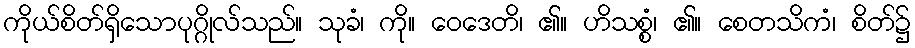
ကိုယ်စိတ်ရှိသောပုဂ္ဂိုလ်သည်။ သုခံ၊ ကို။ ဝေဒေတိ၊ ၏။ ဟိသစ္စံ၊ ၏။ စေတသိကံ၊ စိတ်၌